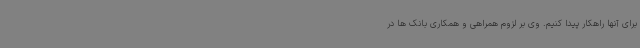
برای آنها راهکار پیدا کنیم. وی بر لزوم همراهی و همکاری بانک ها در